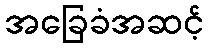
အခြေခံအဆင့်